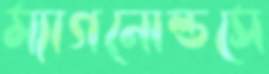
ম্যাগনোল্ডসে